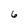
Character: 6